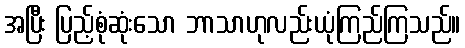
အပြီး ပြည့်စုံဆုံးသော ဘာသာဟုလည်းယုံကြည်ကြသည်။